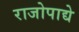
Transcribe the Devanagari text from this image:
राजोपाद्ये